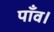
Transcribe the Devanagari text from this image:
पाँव।